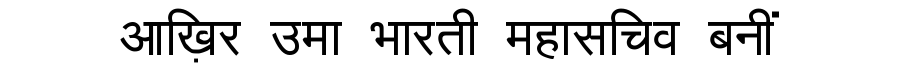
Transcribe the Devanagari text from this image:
आख़िर उमा भारती महासचिव बनीं